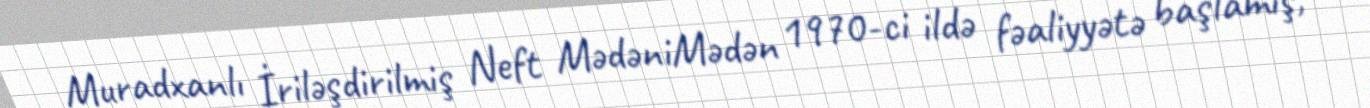
Muradxanlı İriləşdirilmiş Neft MədəniMədən 1970-ci ildə fəaliyyətə başlamış,